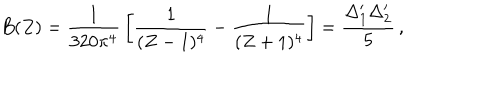
B ( Z ) = { \frac { 1 } { 3 2 0 \pi ^ { 4 } } } \left[ { \frac { 1 } { ( Z - 1 ) ^ { 4 } } } - { \frac { 1 } { ( Z + 1 ) ^ { 4 } } } \right] = { \frac { \Delta _ { 1 } ^ { \prime } \Delta _ { 2 } ^ { \prime } } { 5 } } \, ,